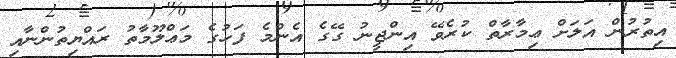
އިތުރުން އަލަށް ޢިމާރާތް ކުރެވޭ އިންޖީނު ގޭގެ އެންމެ ފަހުގެ މަޢްލޫމާތު ރައްޔިތުންނާއި